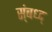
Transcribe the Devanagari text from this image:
स्ंबध्द्